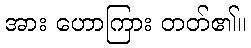
အား ဟောကြား တတ်၏။